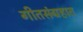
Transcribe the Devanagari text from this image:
गीतसंग्रहात